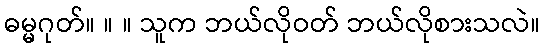
ဓမ္မဂုတ်။ ။ ။ သူက ဘယ်လိုဝတ် ဘယ်လိုစားသလဲ။